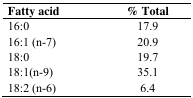
<table><thead><tr><td><b>Fatty acid</b></td><td><b>%Total</b></td></tr></thead><tbody><tr><td>16:0</td><td>17.9</td></tr><tr><td>16:1 (n−7)</td><td>20.9</td></tr><tr><td>18:0</td><td>19.7</td></tr><tr><td>18:1(n−9)</td><td>35.1</td></tr><tr><td>18:2 (n−6)</td><td>6.4</td></tr></tbody></table>